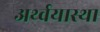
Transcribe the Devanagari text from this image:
अर्थ्वयास्था